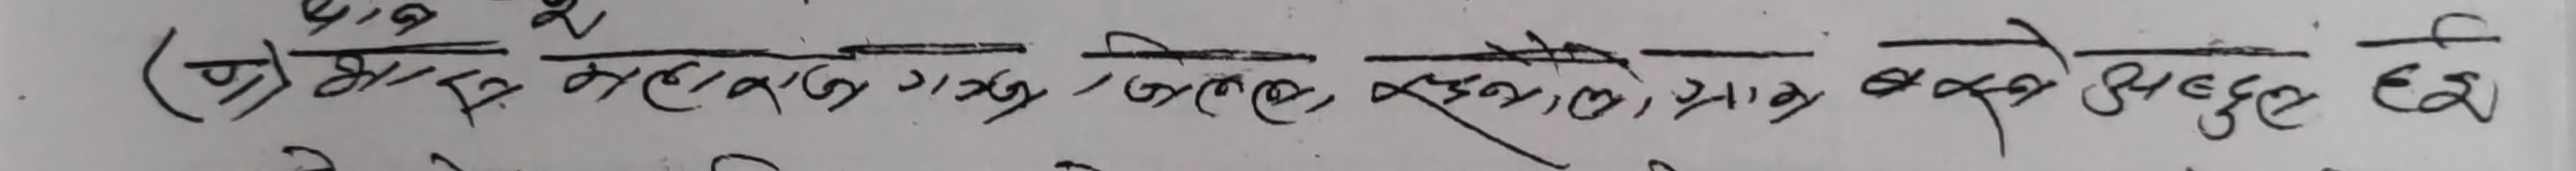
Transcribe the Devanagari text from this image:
(प्रा श्रीमा गदगद, अलेल, बुलाँ, प्राप्त, रुपते सिद्ध छन्।